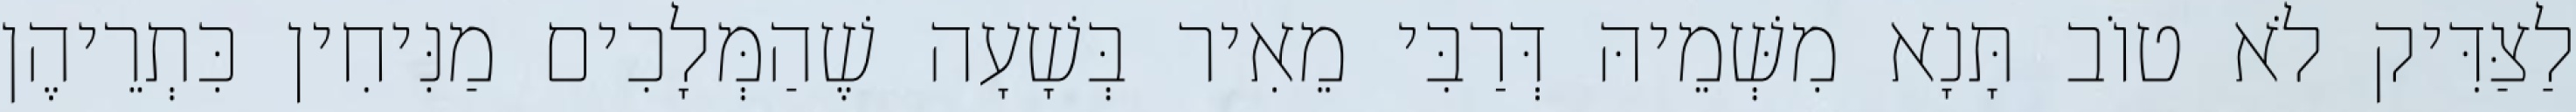
לַצַּדִּיק לֹא טוֹב תָּנָא מִשְּׁמֵיהּ דְּרַבִּי מֵאִיר בְּשָׁעָה שֶׁהַמְּלָכִים מַנִּיחִין כִּתְרֵיהֶן